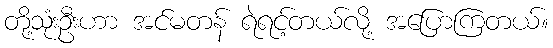
တို့သုံးဦးဟာ အင်မတန် ရဲရင့်တယ်လို့ အပြောကြတယ်။